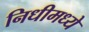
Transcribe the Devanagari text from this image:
निधीमध्ये